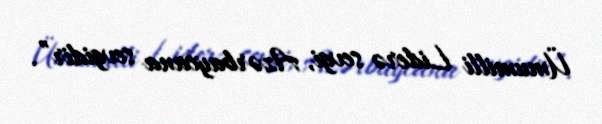
Ümumilli Liderə sevgi, Azərbaycana sevgidir”.